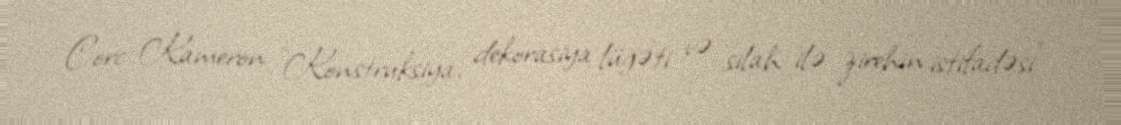
Corc Kameron "Konstruksiya, dekorasiya lüğəti və silah ilə zirehin istifadəsi"